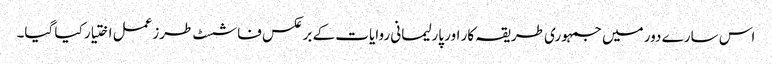
اس سارے دور میں جمہوری طریقہ کار اور پارلیمانی روایات کے برعکس فاشسٹ طرزعمل اختیار کیا گیا۔